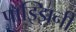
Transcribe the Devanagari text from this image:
पाझ्झिनी